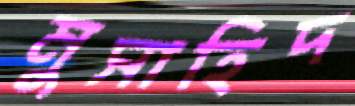
মুসাহিদ